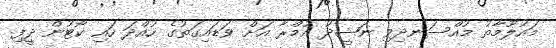
މައުލޫމާތު މުއްސަނދިވި ނަޝީދު އުމްރާ އަށް ވަޑައިގަތުގެ ހުއްދަ ހައި ކޯޓުން ދީފި